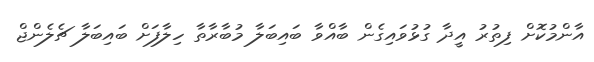
އާންމުކޮށް ފިތުރު އީދާ ގުޅުވައިގެން ބާއްވާ ބައިބަލާ މުބާރާތާ ހިލާފަށް ބައިބަލާ ޗެލެންޖް